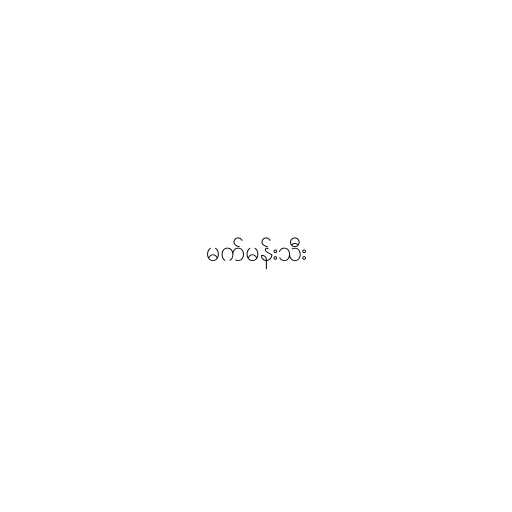
မက်မန်းသီး